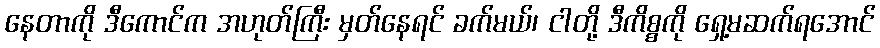
နေတာကို ဒီကောင်က အဟုတ်ကြီး မှတ်နေရင် ခက်မယ်၊ ငါတို့ ဒီကိစ္စကို ရှေ့မဆက်ရအောင်